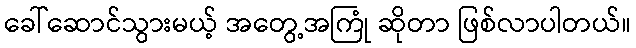
ခေါ်ဆောင်သွားမယ့် အတွေ့အကြုံ ဆိုတာ ဖြစ်လာပါတယ်။